Vaccination report Assam 1896-1927 - 1896-1927
Year: 1896
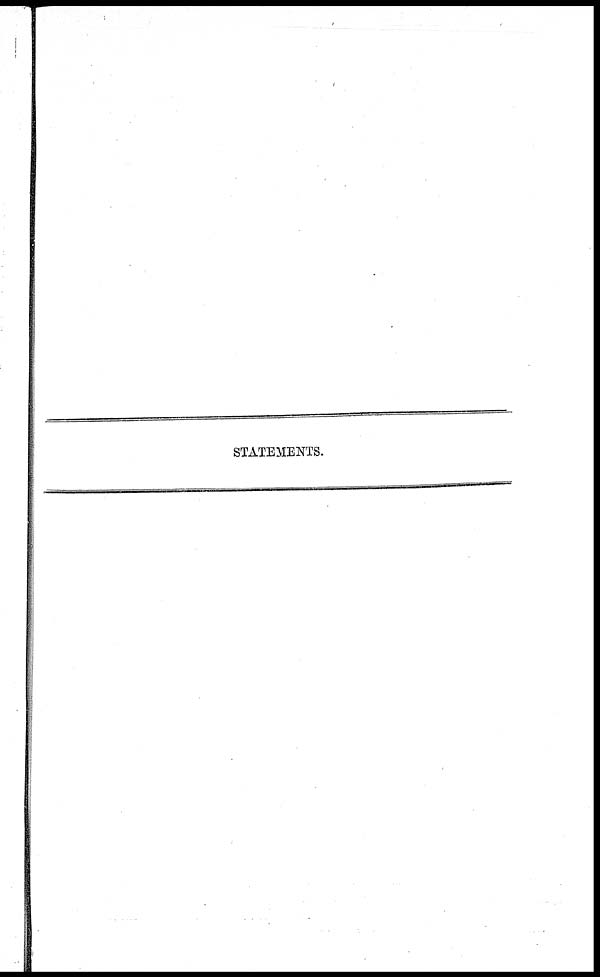
STATEMENTS.